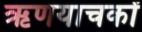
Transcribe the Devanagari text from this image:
ऋणयाचकों